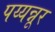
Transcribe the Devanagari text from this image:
पय्यन्नूर